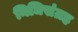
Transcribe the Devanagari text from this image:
निधिसंग्रह